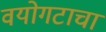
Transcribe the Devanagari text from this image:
वयोगटाचा